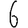
Digit: 6